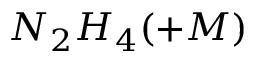
N _ { 2 } H _ { 4 } ( + M )